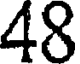
48